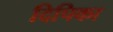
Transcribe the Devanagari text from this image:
दिपिका